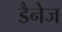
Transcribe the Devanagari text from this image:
डैनेज